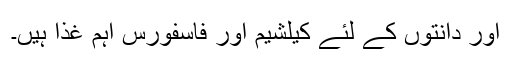
اور دانتوں کے لئے کیلشیم اور فاسفورس اہم غذا ہیں۔